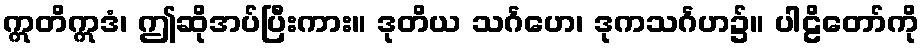
ဣတိဣဒံ၊ ဤဆိုအပ်ပြီးကား။ ဒုတိယ သင်္ဂဟေ၊ ဒုကသင်္ဂဟ၌။ ပါဠိတော်ကို